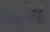
વગ